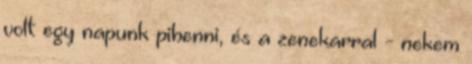
volt egy napunk pihenni, és a zenekarral - nekem